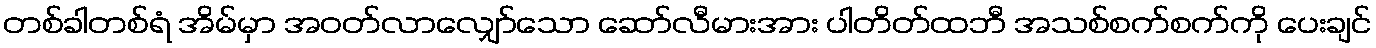
တစ်ခါတစ်ရံ အိမ်မှာ အဝတ်လာလျှော်သော ဆော်လီမားအား ပါတိတ်ထဘီ အသစ်စက်စက်ကို ပေးချင်